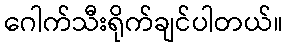
ဂေါက်သီးရိုက်ချင်ပါတယ်။